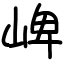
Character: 崥